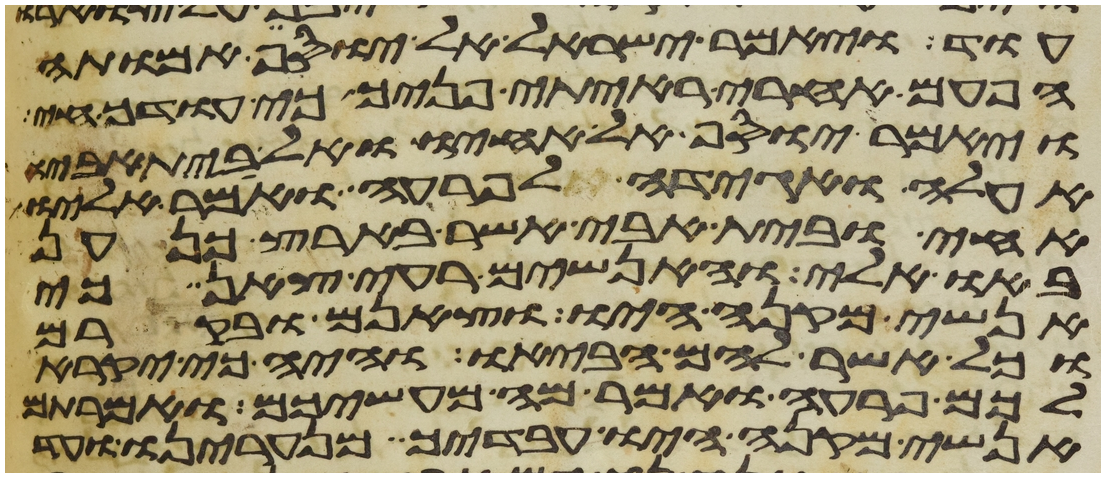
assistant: עוד ויאמר ישראל אל יוסף אמותה
הפעם אחרי ראיתי פניך כי עודך חי
ויאמר יוסף אל אחיו ואל בית אביו
אעלה ואגידה לפרעה ואמר אליו
אחי ובית אבי אשר בארץ כנען
באו אלי והאנשים רעי צאן כי
אנשי מקנה היו וצאנם ובקרם
וכל אשר להם הביאו והיה כי יקרא
לכם פרעה ואמר מה מעשיכם ואמרתם
אנשי מקנה היו עבדיך מנערינו ועד